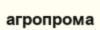
агропрома